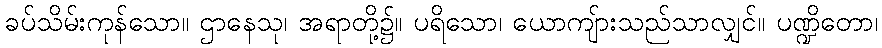
ခပ်သိမ်းကုန်သော။ ဌာနေသု၊ အရာတို့၌။ ပရိသော၊ ယောကျ်ားသည်သာလျှင်။ ပဏ္ဍိတော၊